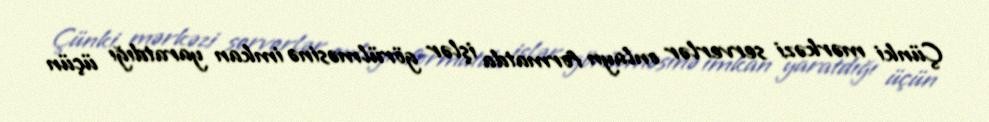
Çünki mərkəzi serverlər onlayn formatda işlər görülməsinə imkan yaratdığı üçün